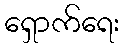
ရှောက်ရေး